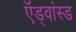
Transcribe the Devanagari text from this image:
ऍड्वांस्ड